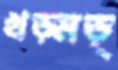
খড়্‌মড়্‌